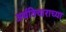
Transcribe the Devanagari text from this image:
अर्थविचाराच्या